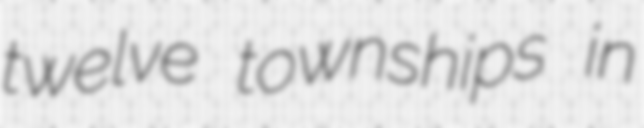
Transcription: twelve townships in